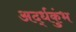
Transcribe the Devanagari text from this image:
अर्द्धकुंभ